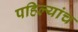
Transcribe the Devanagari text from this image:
पहिल्यांच